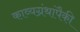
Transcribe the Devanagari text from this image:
काव्यग्रंथांपैकी